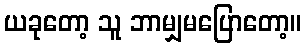
ယခုတော့ သူ ဘာမျှမပြောတော့။